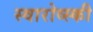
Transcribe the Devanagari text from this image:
स्वारोव्स्की